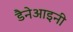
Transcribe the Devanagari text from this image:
डैनेआइनी